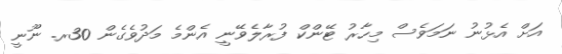
އަށް އެޅުނު ނަމަވެސް މިހާރު ޓޭންކް ފުރާލެވޭނީ އެންމެ މަދުވެގެން 30ރ. ނޫނީ